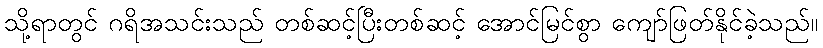
သို့ရာတွင် ဂရိအသင်းသည် တစ်ဆင့်ပြီးတစ်ဆင့် အောင်မြင်စွာ ကျော်ဖြတ်နိုင်ခဲ့သည်။